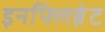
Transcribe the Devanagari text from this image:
इनफ्लिब्नेट